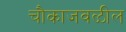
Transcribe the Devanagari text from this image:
चौकाजवळील